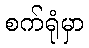
စက်ရုံမှာ